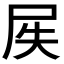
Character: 𱚵